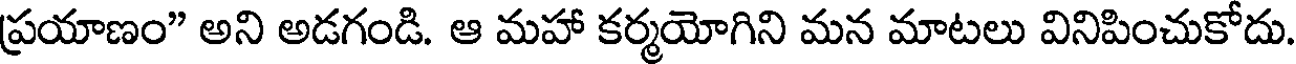
ప్రయాణం" అని అడగండి. ఆ మహా కర్మయోగిని మన మాటలు వినిపించుకోదు